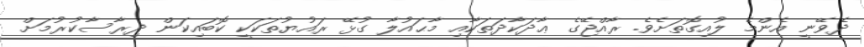
ދެވޭނީ އެންމެ ލުއިގޮތަށެވެ. ރާއްޖޭގެ ޢާދަކާދަތަކާއި މާޙައުލާ ގުޅޭ ރައުޔުތަކަކީ ކޮބައިކަން ދިރާސާކުރުމަށް